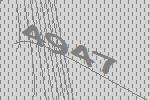
4947